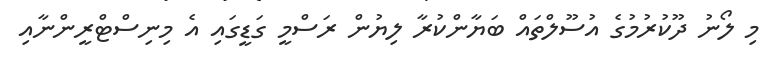
މި ލޯނު ދޫކުރުމުގެ އުސޫލްތައް ބަޔާންކުރާ ލިޔުން ރަސްމީ ގަޑީގައި އެ މިނިސްޓްރީންނާއި